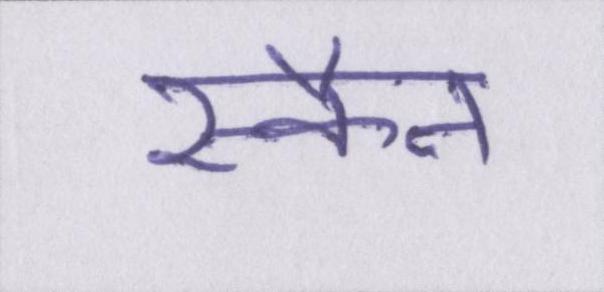
स्कैन